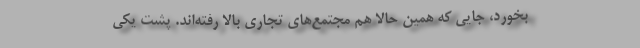
بخورد، جايي كه همين حالا هم مجتمع‌هاي تجاري بالا رفته‌اند. پشت يكي